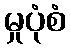
မှုပုံစံ